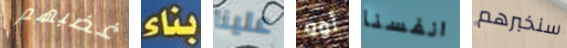
غضبهم بناء علينا أوه انفسنا سنخبرهم